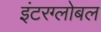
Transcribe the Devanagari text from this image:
इंटरग्लोबल